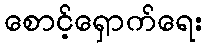
စောင့်ရှောက်ရေး